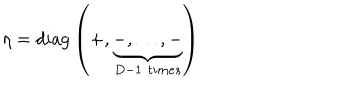
LaTeX: \eta = \mathrm { d i a g } \left( + , \underbrace { - , \dots , - } _ { D - 1 \, \, t i m e s } \right)